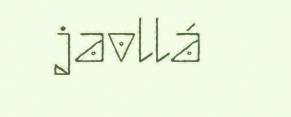
javllá